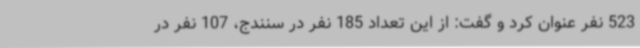
523 نفر عنوان کرد و گفت: از این تعداد 185 نفر در سنندج، 107 نفر در